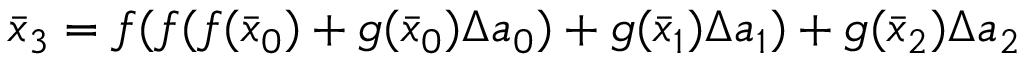
\bar { x } _ { 3 } = f ( f ( f ( \bar { x } _ { 0 } ) + g ( \bar { x } _ { 0 } ) \Delta a _ { 0 } ) + g ( \bar { x } _ { 1 } ) \Delta a _ { 1 } ) + g ( \bar { x } _ { 2 } ) \Delta a _ { 2 }